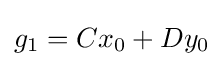
g_{1}=Cx_{0}+Dy_{0}